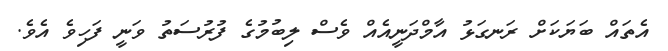
އެތައް ބަޔަކަށް ރަނގަޅު އާމްދަނީއެއް ވެސް ލިބުމުގެ ފުރުސަތު ވަނީ ފަހިވެ އެވެ.